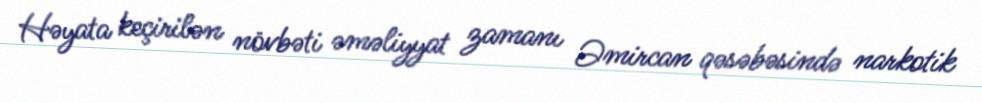
Həyata keçirilən növbəti əməliyyat zamanı Əmircan qəsəbəsində narkotik